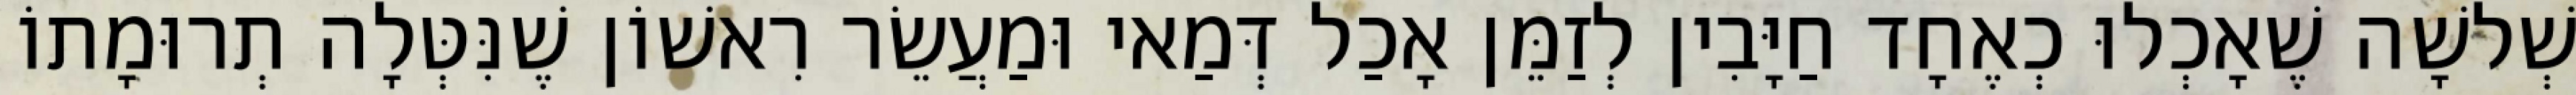
שְׁלשָׁה שֶׁאָכְלוּ כְאֶחָד חַיָּבִין לְזַמֵּן אָכַל דְּמַאי וּמַעֲשֵׂר רִאשׁוֹן שֶׁנִּטְּלָה תְרוּמָתוֹ